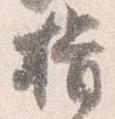
揖